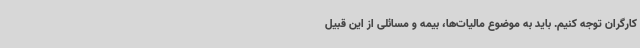
کارگران توجه کنیم. باید به موضوع مالیات‌ها، بیمه و مسائلی از این قبیل